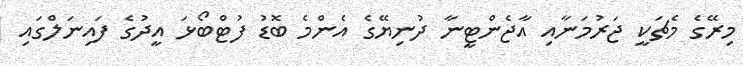
މިރޭގެ މެޗަކީ ޖަރުމަނާއި އާޖެންޓީނާ ދުނިޔޭގެ އެންމެ ބޮޑު ފުޓްބޯޅަ އީދުގެ ފައިނަލްގައި